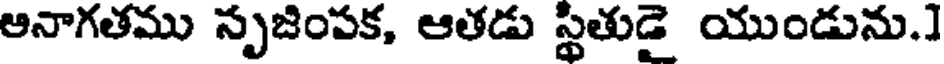
ఆనాగతము నృజింపక, ఆతడు స్థితుడై యుండును.]